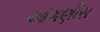
ઑગણીસ